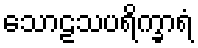
သောဠသပရိက္ခာရံ